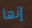
إنها